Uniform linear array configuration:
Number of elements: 24
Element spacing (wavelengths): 0.75
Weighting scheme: exponential
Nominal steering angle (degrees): -60
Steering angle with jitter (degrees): -60.43
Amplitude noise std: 0.05
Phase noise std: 0.05

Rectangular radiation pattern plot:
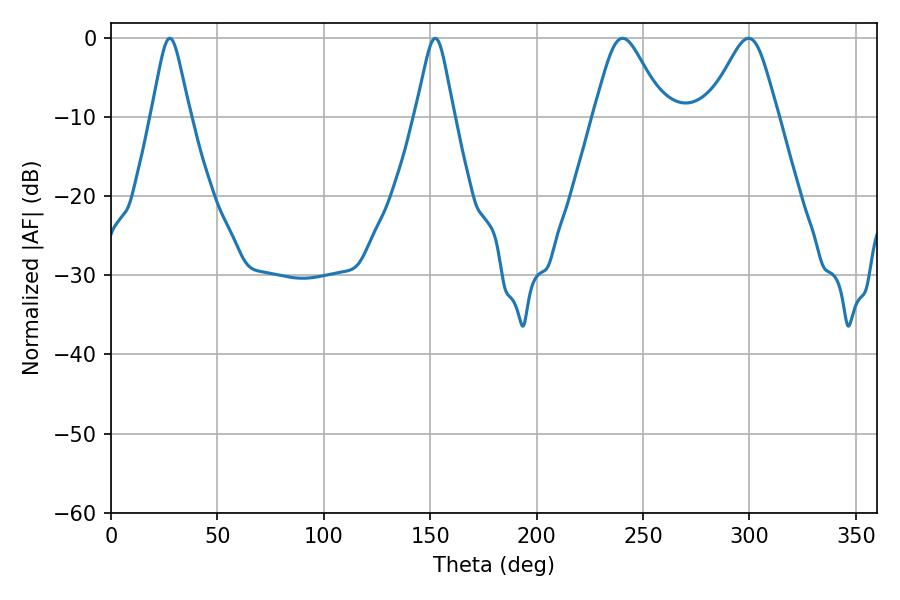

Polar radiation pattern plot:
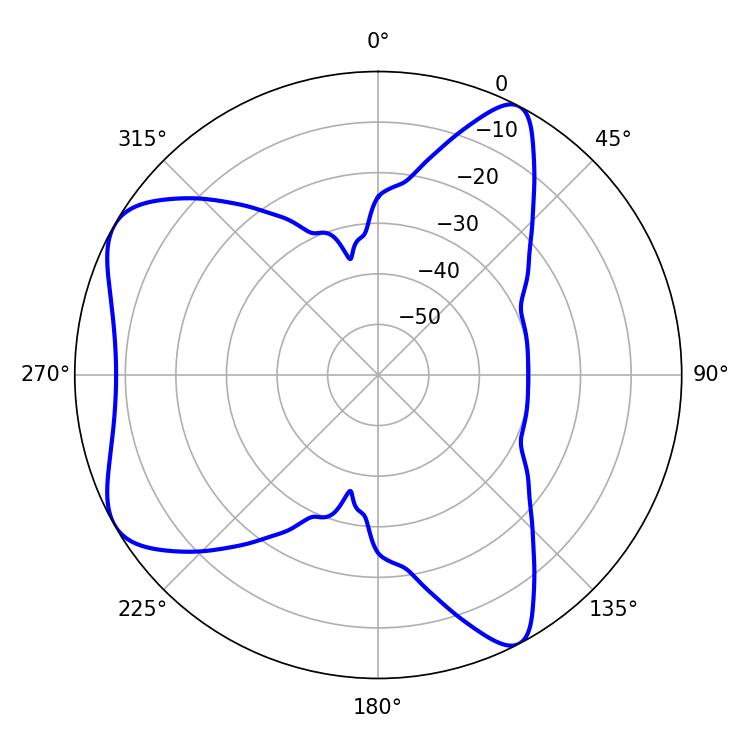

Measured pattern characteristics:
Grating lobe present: TRUE
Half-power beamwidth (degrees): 16.2
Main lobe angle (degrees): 240.48